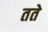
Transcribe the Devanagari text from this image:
तते